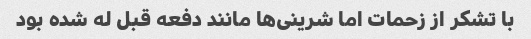
با تشکر از زحمات اما شرینی‌ها مانند دفعه قبل له شده بود